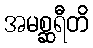
အမစ္ဆရီတိ